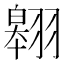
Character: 翱